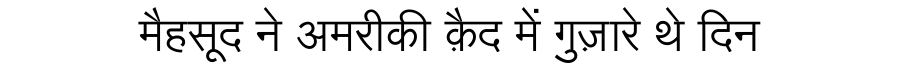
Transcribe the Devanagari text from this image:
मैहसूद ने अमरीकी क़ैद में गुज़ारे थे दिन